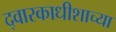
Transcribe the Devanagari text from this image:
द्वारकाधीशाच्या